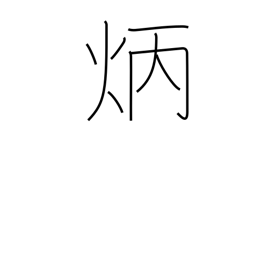
Meaning: clear & bright